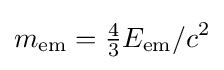
m_{\mathrm {em} }={\tfrac {4}{3}}E_{\mathrm {em} }/c^{2}